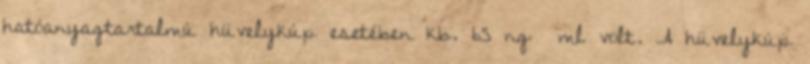
hatóanyagtartalmú hüvelykúp esetében kb. 65 ng ml volt. A hüvelykúp